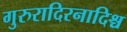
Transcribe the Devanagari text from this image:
गुरुरादिरनादिश्च